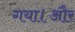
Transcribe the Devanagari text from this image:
गया।और